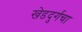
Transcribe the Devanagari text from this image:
खेडदुर्गचा